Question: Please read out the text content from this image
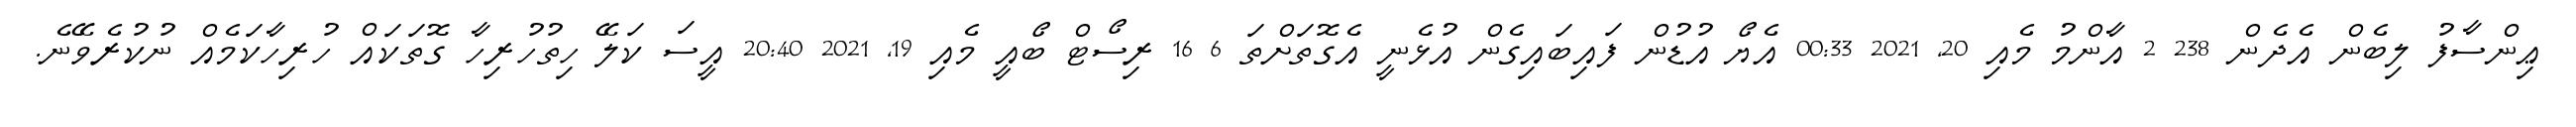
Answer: ޢިންސާފު ލިބެން އެދެން 238 2 އާންމު މެއި 20, 2021 00:33 އެޔޯ އުޑުން ފައިބައިގެން އުޅެނީ އެގޮތަށްތަ 6 16 ރިސޯޓް ބޯއީ މެއި 19, 2021 20:40 އީސަ ކަލޭ ހިތުހުރިހާ ގޮތަކައް ހުރިހާކަމެއް ނުކުރެވޭނެ.